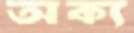
অক্য